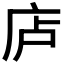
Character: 𪪏